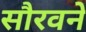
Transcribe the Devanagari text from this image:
सौरवने